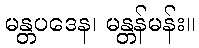
မန္တပဒေန၊ မန္တန်မန်း။